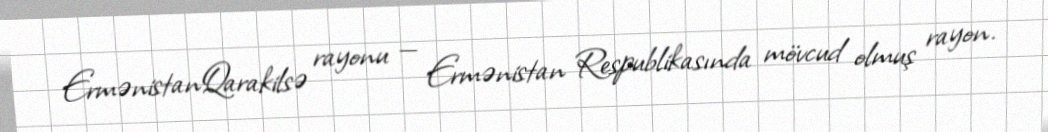
ErmənistanQarakilsə rayonu — Ermənistan Respublikasında mövcud olmuş rayon.